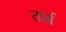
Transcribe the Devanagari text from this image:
तार्ब